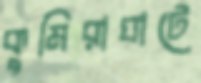
কুমিরাঘাটে